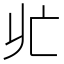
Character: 𪜡